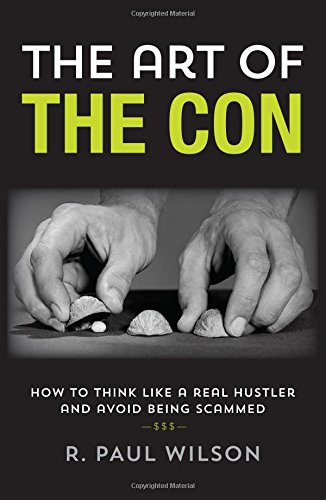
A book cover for The Art of the Con: How to Think Like a Real Hustler and Avoid Being Scammed; R. Paul Wilson; Biographies & Memoirs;